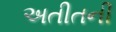
અતીતની